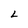
Character: L